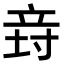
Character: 𥩸